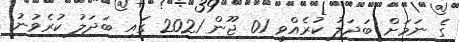
ގެ ނަމަށް ބަދަލު ކުރެއްވީ 01 ޖޫން 2021 ގައި ބަދަލު ކުރެވުނު